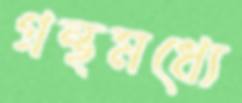
গ্রন্থমধ্যে